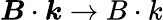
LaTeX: \boldsymbol{B}\cdot\boldsymbol{k}\rightarrow B\cdot k